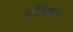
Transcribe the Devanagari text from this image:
पुदिणा